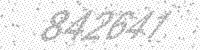
Solution: 842641